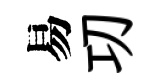
易㓛